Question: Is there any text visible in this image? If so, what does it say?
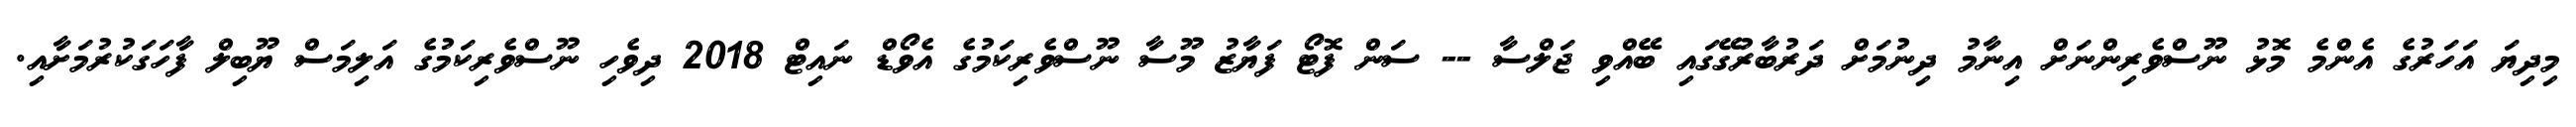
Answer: މިދިޔަ އަހަރުގެ އެންމެ މޮޅު ނޫސްވެރިންނަށް އިނާމު ދިނުމަށް ދަރުބާރުގޭގައި ބޭއްވި ޖަލްސާ -- ސަން ފޮޓޯ ފަޔާޒު މޫސާ ނޫސްވެރިކަމުގެ އެވޯޑް ނައިޓް 2018 ދިވެހި ނޫސްވެރިކަމުގެ އަލިމަސް ޔޫބިލް ފާހަގަކުރުމަށާއި.